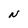
Character: N